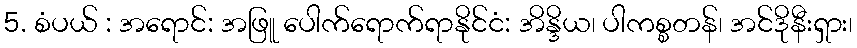
5. စံပယ် : အရောင်: အဖြူ ပေါက်ရောက်ရာနိုင်ငံ: အိန္ဒိယ၊ ပါကစ္စတန်၊ အင်ဒိုနီးရှား၊